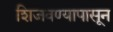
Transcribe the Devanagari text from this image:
शिजवण्यापासून